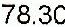
78.30